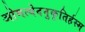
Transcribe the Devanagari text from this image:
ओमत्येदनुकृतिर्हस्म